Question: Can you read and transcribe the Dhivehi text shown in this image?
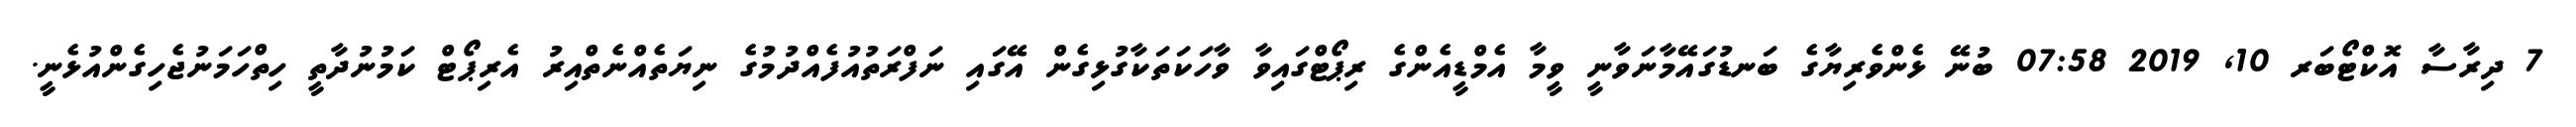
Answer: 7 ދިރާސާ އޮކްޓޯބަރ 10, 2019 07:58 ބުނޭ ޅެންވެރިޔާގެ ބަނޑުގައޭމާނަވާނީ ވީމާ އެމްޑީއެންގެ ރިޕޯޓްގައިވާ ވާހަކަތަކާގުޅިގެން އޭގައި ނަފްރަތުއުފެއްދުމުގެ ނިޔަތެއްނެތްއިރު އެރިޕޯޓް ކަމުނުދާތީ ހިތްހަމަނުޖެހިގެންއުޅެނީ.